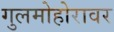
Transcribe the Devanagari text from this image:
गुलमोहोरावर